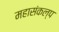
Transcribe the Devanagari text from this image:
महासंकल्प